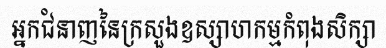
អ្នកជំនាញនៃក្រសួងឧស្សាហកម្មកំពុងសិក្សា